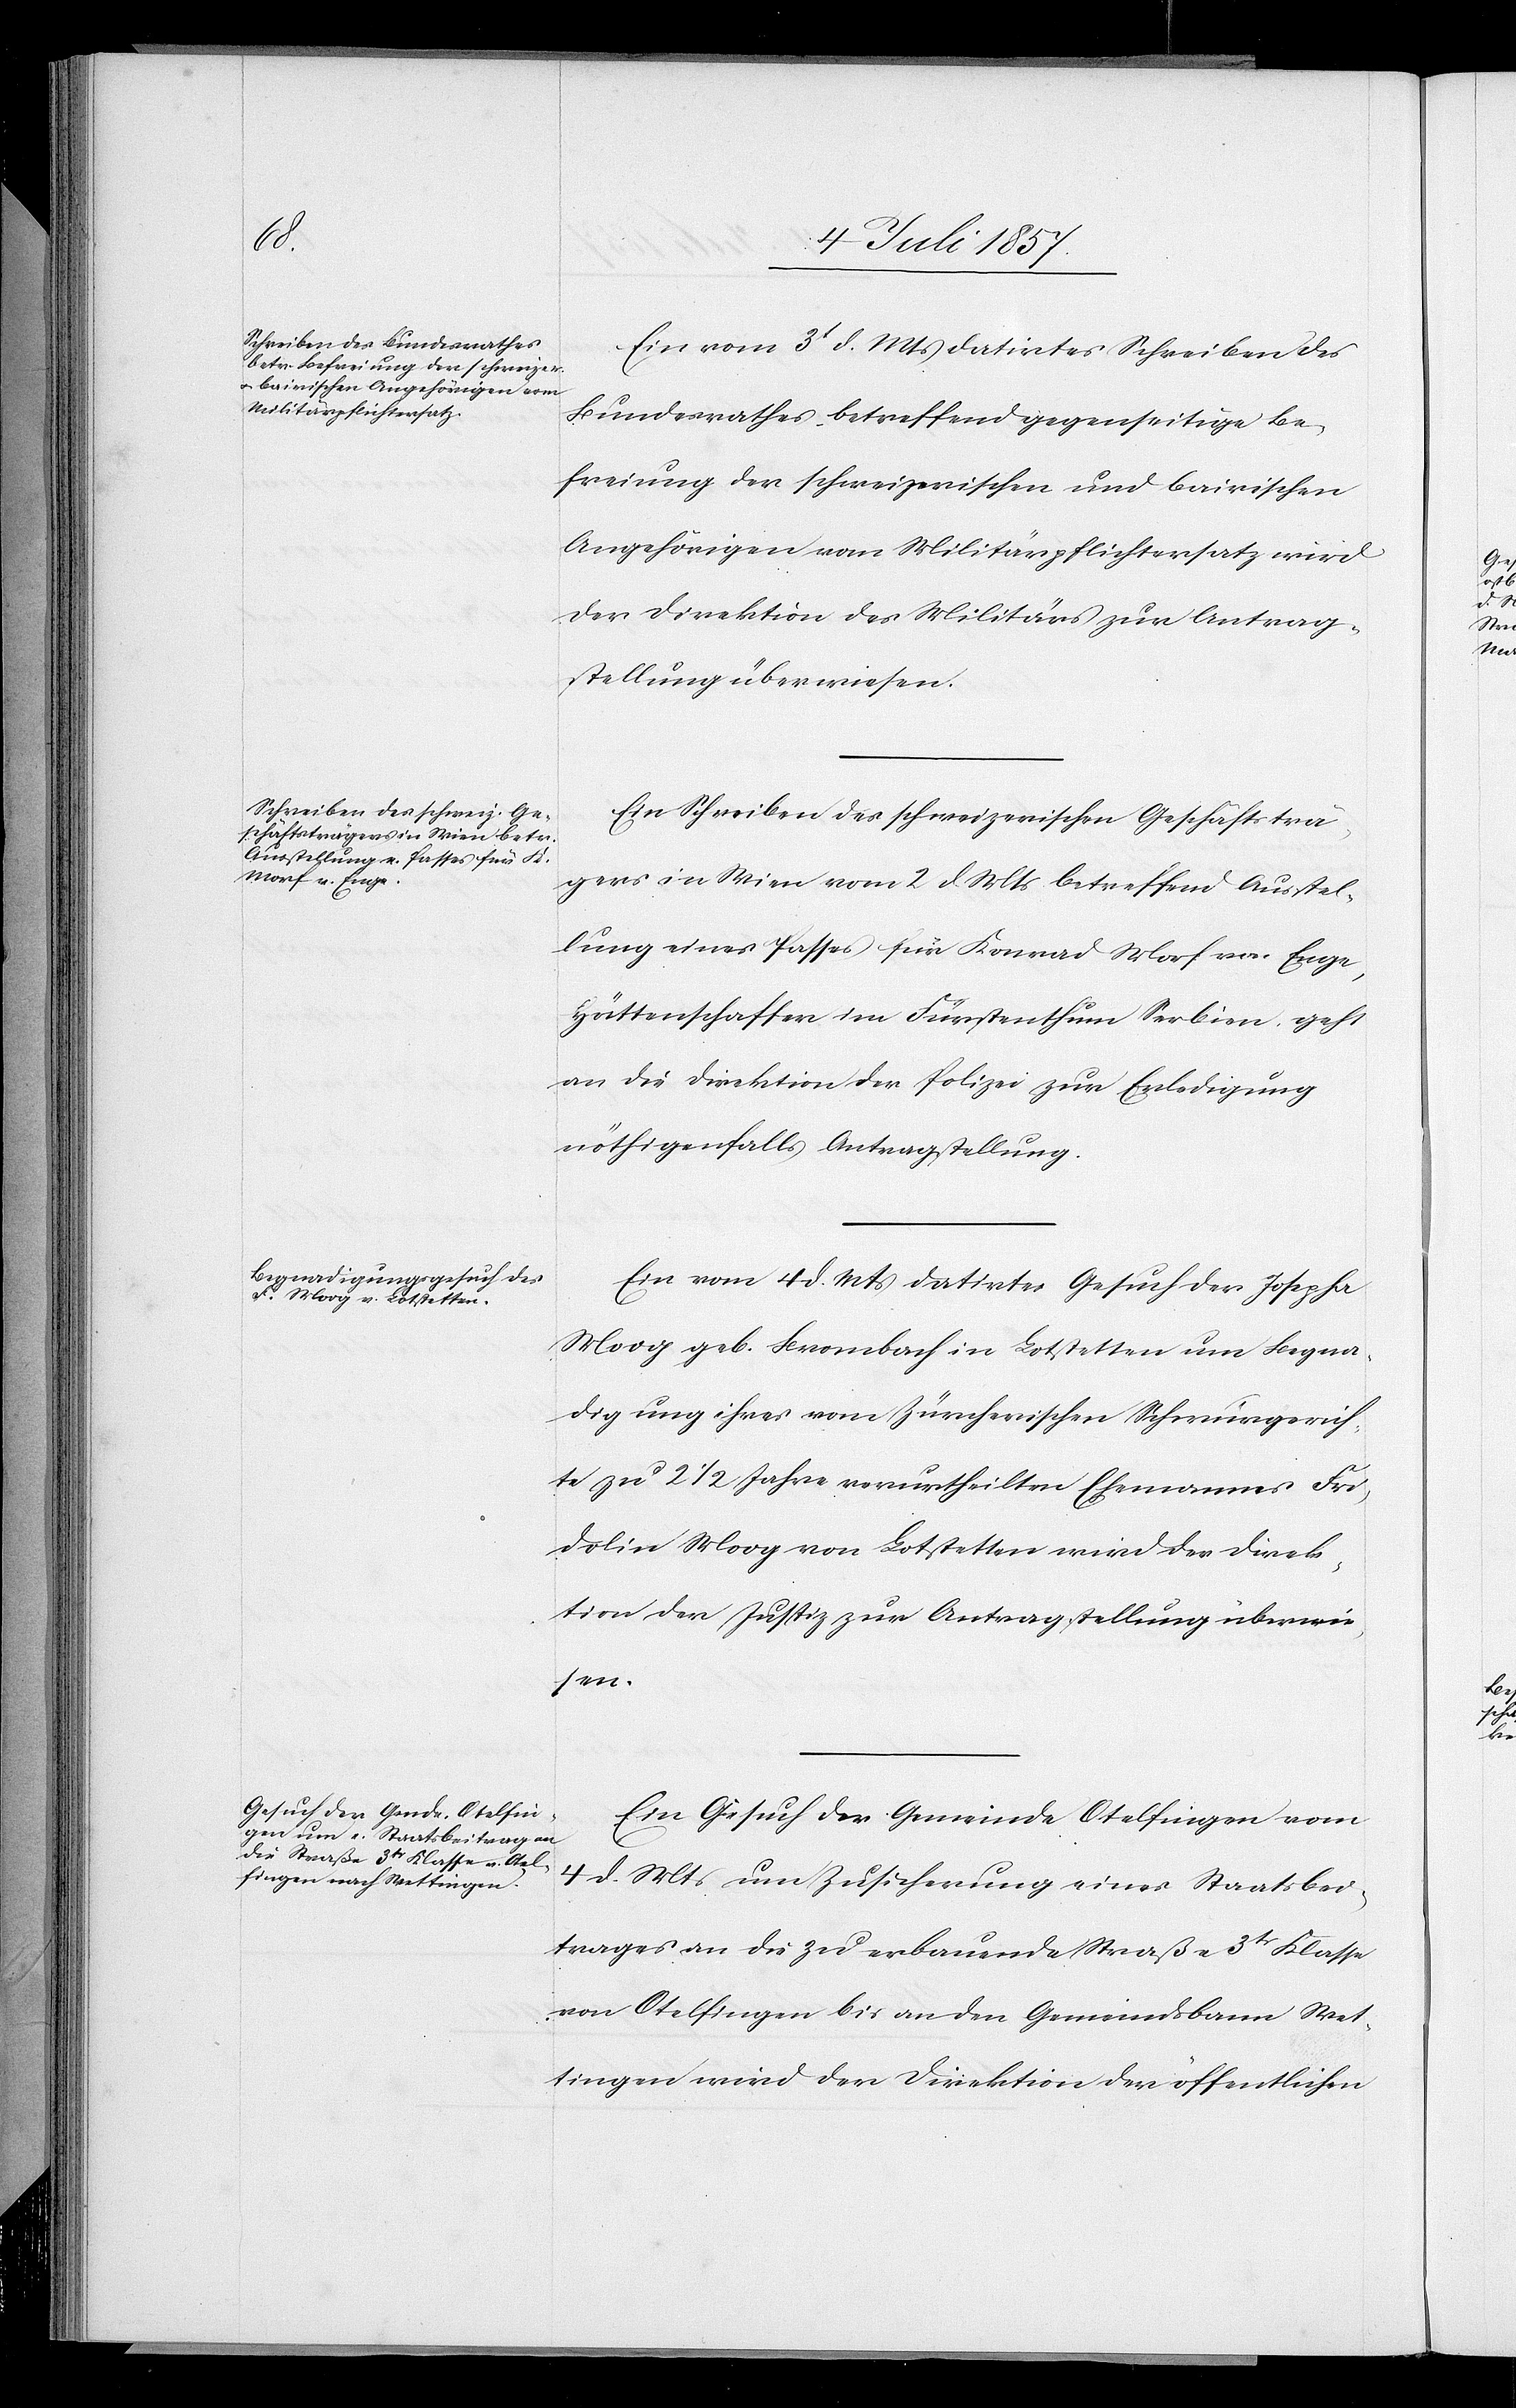
6t Juli 1857.]
Ein vom 3t d. Mts. datirtes Schreiben des
Bundesrathes, betreffend gegenseitige Be¬
freiung der schweizerischen und bairischen
Angehörigen vom Militärpflichtersatz wird
der Direktion des Militärs zur Antrag¬
stellung überwiesen.
Ein Schreiben des schweizerischen Geschäftsträ¬
gers in Wien vom 2 d. Mts. betreffend Ausstel¬
lung eines Passes für Konrad Morf von Enge,
Hüttenschaften im Fürstenthum Serbien, geht
an die Direktion der Polizei zur Erledigung
nöthigenfalls Antragstellung.
Ein vom 4 d. Mts. datirtes Gesuch der Josepha
Moog geb. Brombach in Lotstetten um Begna¬
digung ihres vom Zürcherischen Schwurgerich¬
te zu 2 1/2 Jahre verurtheilten Ehemannes Fri¬
dolin Moog von Lotstetten wird der Direk¬
tion der Justiz zur Antragstellung überwie¬
den
Ein Gesuch der Gemeinde Otelfingen vom
4 d. Mts. um Zusicherung eines Staatsbei¬
trages an die zu erbauende Straße 3tr Klasse
von Otelfingen bis an den Gemeindsbann Wet¬
tingen wird der Direktion der öffentlichen